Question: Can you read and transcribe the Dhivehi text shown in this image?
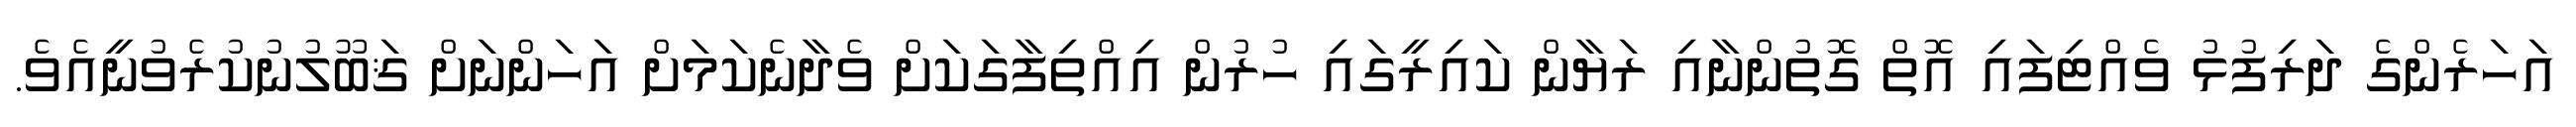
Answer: އަހަރެންގެ ދަރިފުޅު ވެއްޓިފައި އޮތް ގޮތުންނާއި ރަޔާން ކައިރީގައި ހުރުން އިއްތިފާގަކަށް ވެދާނެކަމަށް އަހަންނަށް ޤަބޫލުނުކުރެވުނީއެވެ.